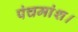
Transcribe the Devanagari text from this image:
पंचमांश।